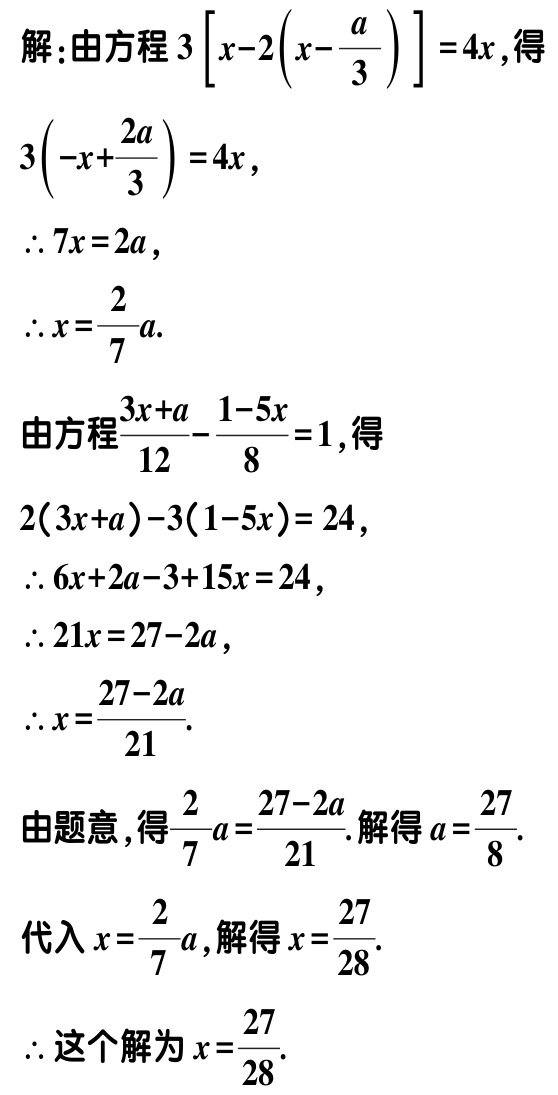
解：由方程\(3\left[x - 2\left(x - \frac{a}{3}\right)\right] = 4x\)，得

\(3\left(-x + \frac{2a}{3}\right) = 4x\)，

\(\therefore 7x = 2a\)，

\(\therefore x = \frac{2}{7}a\).

由方程\(\frac{3x + a}{12} - \frac{1 - 5x}{8} = 1\)，得

\(2(3x + a) - 3(1 - 5x) = 24\)，

\(\therefore 6x + 2a - 3 + 15x = 24\)，

\(\therefore 21x = 27 - 2a\)，

\(\therefore x = \frac{27 - 2a}{21}\).

由题意，得\(\frac{2}{7}a = \frac{27 - 2a}{21}\). 解得\(a = \frac{27}{8}\).

代入\(x = \frac{2}{7}a\)，解得\(x = \frac{27}{28}\).

\(\therefore\)这个解为\(x = \frac{27}{28}\).